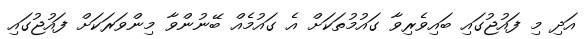
އަދި މި ފައުޖުގައި ބައިވެރިވާ ގައުމުތަކަށް އެ ގައުމެއް ބޭނުންވާ މިންވަރަކަށް ފައުޖުގައި